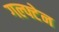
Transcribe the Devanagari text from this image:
गल्फ्टेन